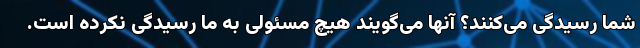
شما رسیدگی می‌کنند؟ آنها می‌گویند هیچ مسئولی به ما رسیدگی نکرده است.